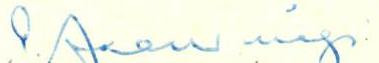
E. Jaanimägi